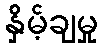
နှိမ့်ချမှု